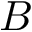
B